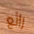
رائع